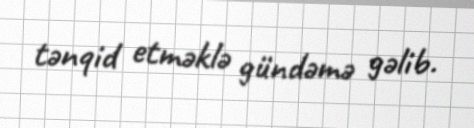
tənqid etməklə gündəmə gəlib.